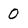
Character: 0